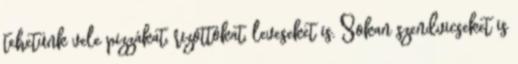
tehetünk vele pizzákat, rizottókat, leveseket is. Sokan szendvicseket is